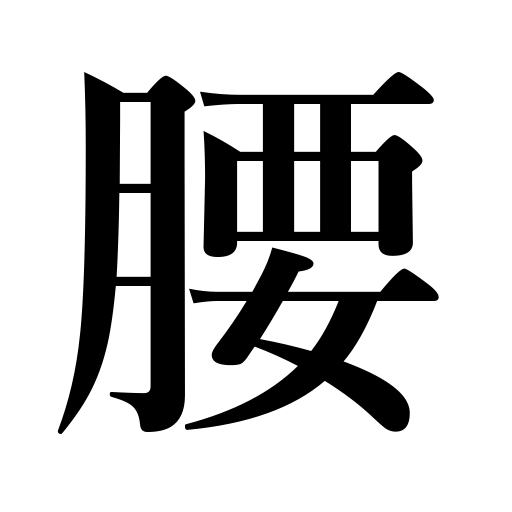
Meanings: hips,lower-panel wainscoting lower wall only,loins,pelvic region,stem of a wine glass,small of the back,haunch,waist